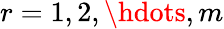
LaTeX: r=1,2,\hdots,m